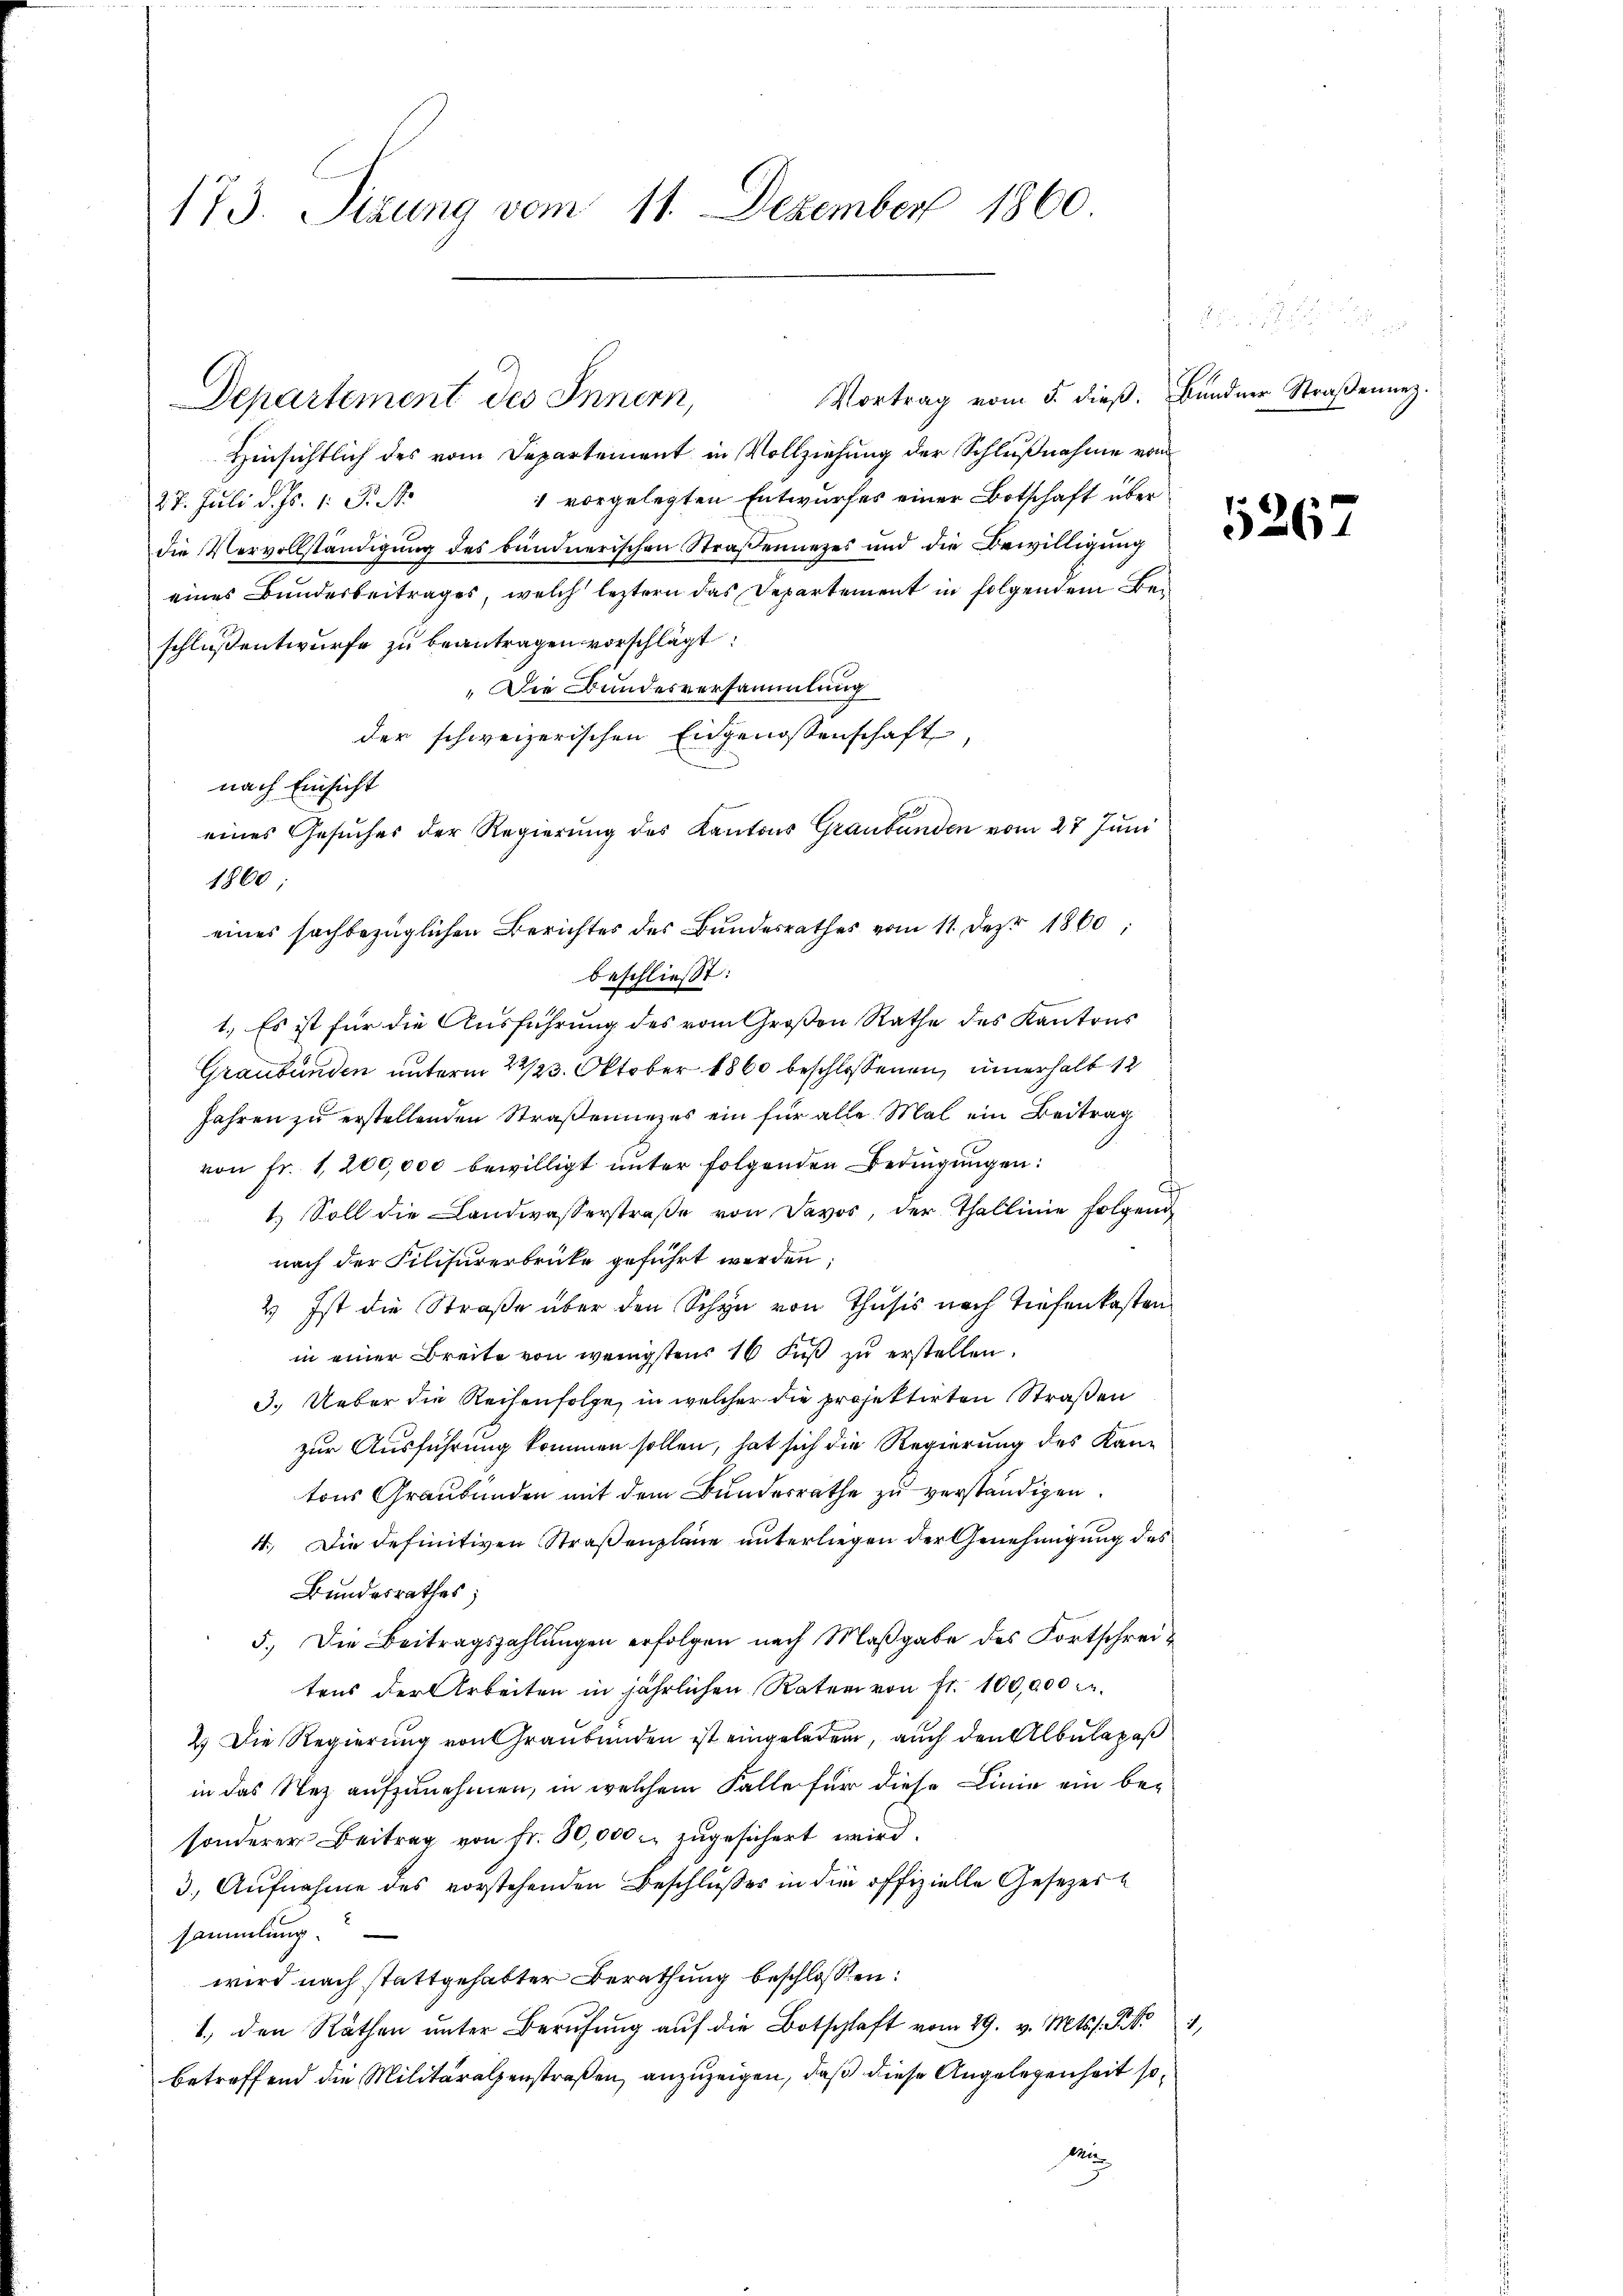
173. Sitzung vom 11. Dezember 1860

Vortrag vom 5. dieβ. Bündner Straβennez.
Departement des Innern,

Hinsichtlich des vom Departement in Vollziehung der Schlußnahme vom
1 vorgelegten Entwurfes einer Botschaft über
27. Juli d. Js. 1. J. R.
die Vervollständigung des bündnerischen Straßennezes und die Bewilligung
eines Bundesbeitrages, welch leztern das Departement in folgendem Beschluß entwurfe zu beantragen vorschlägt:
 Die Bundesversammlung
der schweizerischen Eidgenossenschaft,
nach Einsicht
eines Gesuches der Regierung des Kantons Graubünden vom 27 Juni
1860
eines sachbezüglichen Berichtes des Bundesrathes vom 11. Dez. 1860;
beschließt:
1. Es ist für die Ausführung des vom Großen Rathe des Kantons
Graubünden unterm 22/23. Oktober 1860 beschlossenen, innerhalb 12
Jahren zu erstellenden Straßenunzes ein für alle Mal ein Beitrag
von fr. 1,200,000 bewilligt ŭnter folgenden Bedingŭngen:
1. Soll die Landwasserstraβe von Davos, der Thallinie folgend
nach der Filiarerbrücke geführt werden;
2.) Ist die Straße über den Schon von Thusis nach Tiefenkasten
in einer Breite von wenigstens 16 Fuß zu erstellen.
3.) Ueber die Reihenfolge, in welcher die projektirten Straßen
zur Ausführung kommen sollen, hat sich die Regierung des Kantons Graubünden mit dem Bundesrathe zu verständigen.
4. Die definitiven Straßenpläne unterliegen der Genehmigung des
Bundesrathes;
5.) Die Beitragszahlungen erfolgen nach Maßgabe des Fortschreitens der Arbeiten in jährlichen Raten von fr. 100,000
2.) Die Regierung von Graubünden ist eingeladen, auch den Albulapaß
in das Nez aufzunehmen, in welchem Falle für diese Linie ein besonderer Beitrag von Fr. 30,000 zugesichert wird.
3. Aufnahme des vorstehenden Beschlußes in die offizielle Gesetzes
sammlung.
wird nach stattgehabter Berathung beschlossen:
1. den Räthen unter Berufung auf die Botschlaft vom 29. v. Mts. S. S.
betreffend die Militäralpenstraßen, anzuzeigen, daß diese Angelegenheit so¬
Mu

5267

1